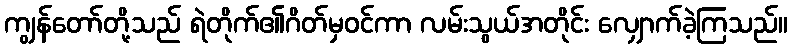
ကျွန်တော်တို့သည် ရဲတိုက်၏ဂိတ်မှဝင်ကာ လမ်းသွယ်အတိုင်း လျှောက်ခဲ့ကြသည်။